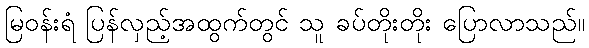
မြဝန်းရံ ပြန်လှည့်အထွက်တွင် သူ ခပ်တိုးတိုး ပြောလာသည်။